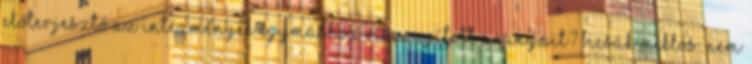
előterjesztő az intézmények egymáshoz viszonyított arányait? Bicsák Miklós: Nem